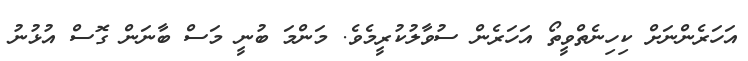
އަހަރެންނަށް ކިހިނެތްވީތޯ އަހަރެން ސުވާލުކުރީމެވެ. މަންމަ ބުނީ މަސް ބާނަން ގޮސް އުޅުނު